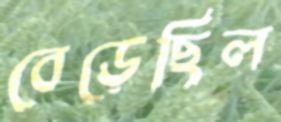
বেড়েছিল